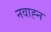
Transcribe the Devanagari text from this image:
नवाह्न